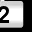
Digit: 2